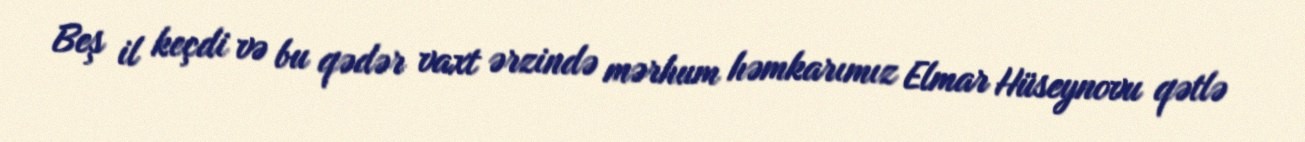
Beş il keçdi və bu qədər vaxt ərzində mərhum həmkarımız Elmar Hüseynovu qətlə